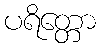
ပရိတ္တော